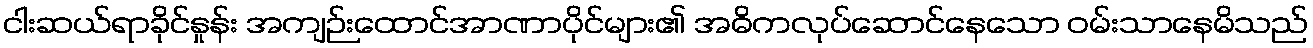
ငါးဆယ်ရာခိုင်နှုန်း အကျဉ်းထောင်အာဏာပိုင်များ၏ အဓိကလုပ်ဆောင်နေသော ဝမ်းသာနေမိသည်